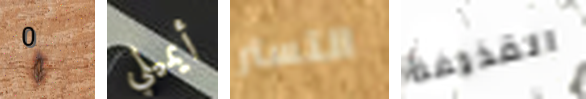
0 أيميلي التستر القذيفة